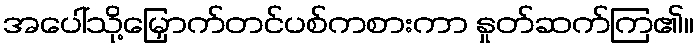
အပေါ်သို့မြှောက်တင်ပစ်ကစားကာ နှုတ်ဆက်ကြ၏။